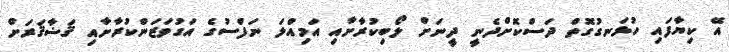
އޭ ކިޔާފައި ހުޅަނގުގޮތް ދަސްކޮށްދެނީ ދީނަށް ލޯބިކުރާށާއި އަމިއްލަ ނަފްސުގެ އަގުވަޒަންކުރާށާއި ޤަޟާޤަރަށް